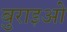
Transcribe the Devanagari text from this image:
बुराइओ